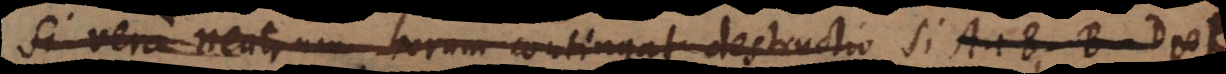
Si vero neutrum horum contingat destructio Si A + B −